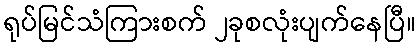
ရုပ်မြင်သံကြားစက် ၂ခုစလုံးပျက်နေပြီ။